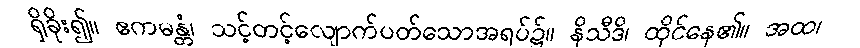
ရှိခိုး၍။ ဧကမန္တံ၊ သင့်တင့်လျောက်ပတ်သောအရပ်၌။ နိသီဒိ၊ ထိုင်နေ၏။ အထ၊